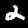
Label: 2